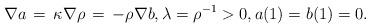
LaTeX: \begin{align*}\nabla a\,=\,\kappa\nabla\rho\,=\,-\rho\nabla b,\lambda=\rho^{-1}>0, a(1)=b(1)=0.\end{align*}